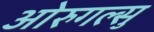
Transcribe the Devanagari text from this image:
ओरुगल्सु